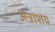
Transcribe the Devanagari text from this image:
अंत्राशय